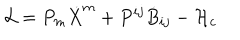
{ \cal L } = P _ { m } \dot { X } ^ { m } + P ^ { i j } \dot { B } _ { i j } - { \cal H } _ { c }